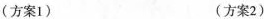
(方案1) (方案2)